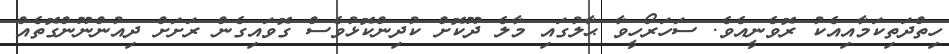
ހިތްދަތިކަމާއިއެކު ރޮވެނީއެވެ. ސަހަރޯހީވާ ޙާލުގައި މާލެ ދޫކޮށް ކުދިންކޮޅުވެސް ގޮވައިގެން ރަށަށް ދިއުންނޫންގޮތެއް